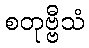
စတုဗ္ဗီသံ